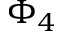
\Phi _ { 4 }